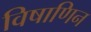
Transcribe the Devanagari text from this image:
विषाणिन